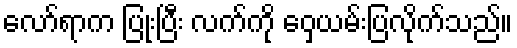
လော်ရာက ပြုံးပြီး လက်ကို ဝှေ့ယမ်းပြလိုက်သည်။